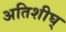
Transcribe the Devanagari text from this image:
अतिशीघ्